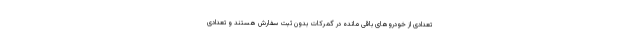
تعدادی از خودروهای باقی مانده در گمرکات بدون ثبت سفارش هستند و تعدادی